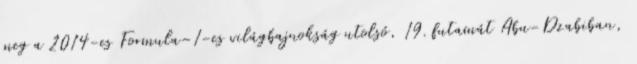
meg a 2014-es Formula–1-es világbajnokság utolsó, 19. futamát Abu-Dzabiban,